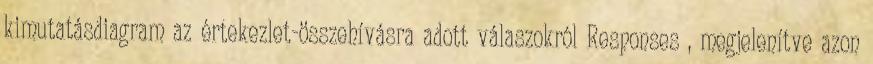
kimutatásdiagram az értekezlet-összehívásra adott válaszokról Responses , megjelenítve azon